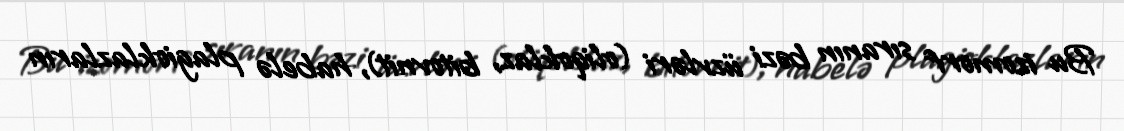
Bu izomorf sıranın bəzi üzvləri (oliqoklaz, bitovnit), habelə plagioklazların